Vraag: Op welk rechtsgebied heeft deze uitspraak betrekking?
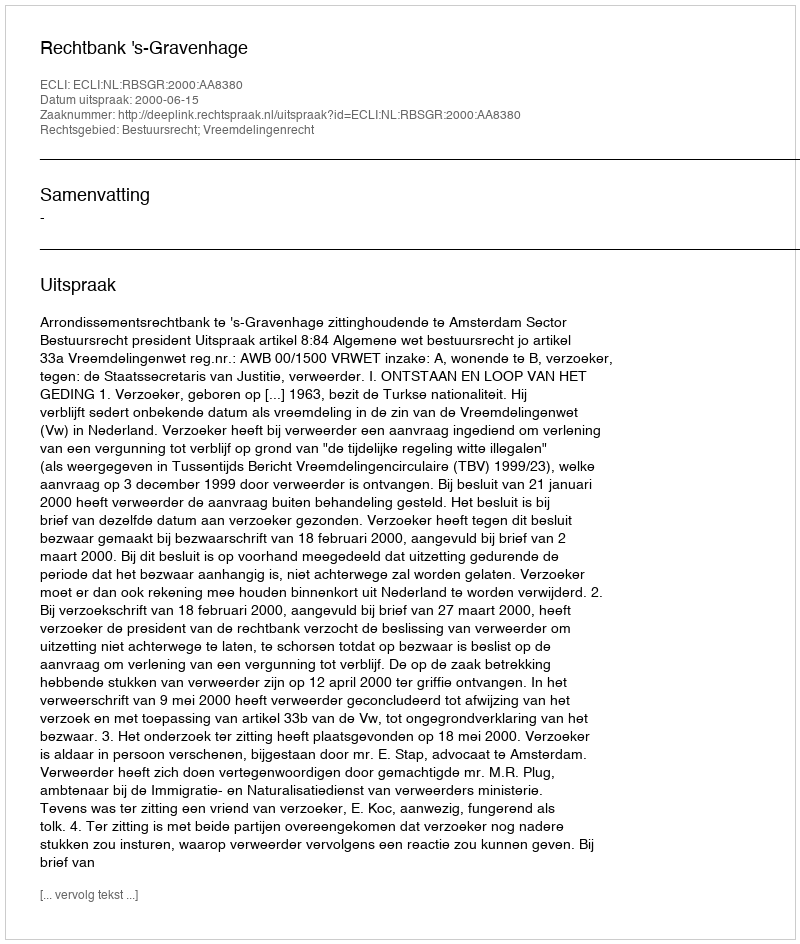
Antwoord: Bestuursrecht; Vreemdelingenrecht